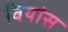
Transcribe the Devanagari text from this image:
बियांस